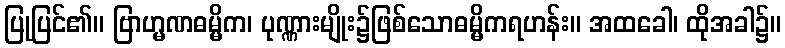
ပြုပြင်၏။ ဗြာဟ္မဏဓမ္မိက၊ ပုဏ္ဏားမျိုး၌ဖြစ်သောဓမ္မိကရဟန်း။ အထခေါ၊ ထိုအခါ၌။